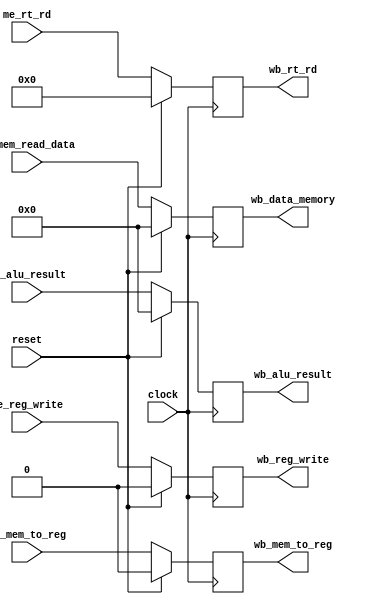
`timescale 1ns / 1ps

module Memory_WriteBack_Pipeline (
    input           clock,
    input           reset,

    input           me_reg_write,
    input           me_mem_to_reg,
    input [31:0]    me_mem_read_data,
    input [31:0]    me_alu_result,
    input [4:0]     me_rt_rd,

    output reg          wb_reg_write,
    output reg          wb_mem_to_reg,
    output reg [31:0]   wb_data_memory,
    output reg [31:0]   wb_alu_result,
    output reg [4:0]    wb_rt_rd
);

    wire me_stall = 0;
    wire wb_stall = 0;

    always @ (posedge clock) begin
        wb_reg_write    <= (reset) ? 1'b0   : ( (wb_stall) ? wb_reg_write : ((me_stall) ? 1'b0 : me_reg_write));
        wb_mem_to_reg   <= (reset) ? 1'b0   : ( (wb_stall) ? wb_mem_to_reg : me_mem_to_reg);
        wb_data_memory  <= (reset) ? 32'b0  : ( (wb_stall) ? wb_data_memory : me_mem_read_data);
        wb_alu_result   <= (reset) ? 32'b0  : ( (wb_stall) ? wb_alu_result : me_alu_result);
        wb_rt_rd        <= (reset) ? 5'b0   : ( (wb_stall) ? wb_rt_rd : me_rt_rd);
    end

endmodule // Memory_WriteBack_Pipeline